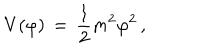
V ( \varphi ) \, = \, { \frac { 1 } { 2 } } m ^ { 2 } \varphi ^ { 2 } \, ,